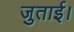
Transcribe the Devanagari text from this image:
जुताई।